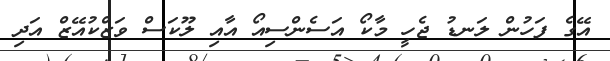
އޭގެ ފަހުން ލަނޑު ޖެހީ މާކޯ އަސެންސިއޯ އާއި ލޫކަސް ވަޒްކުއޭޒް އަދި